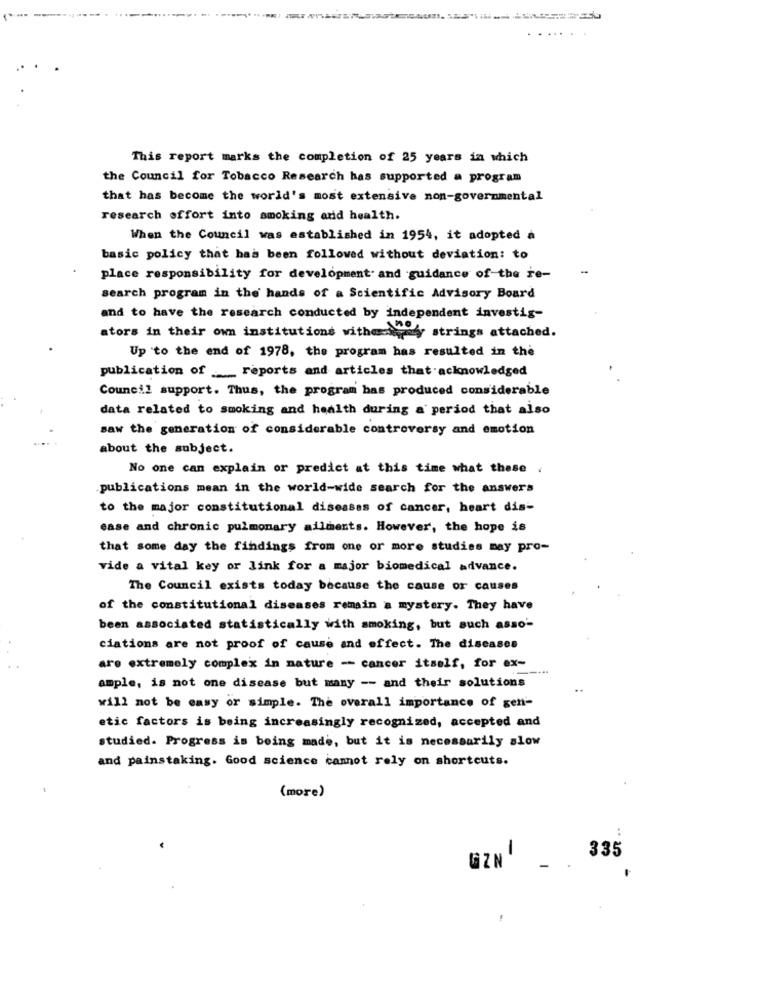
This report marks the completion of 25 years in which
the Council for Tobacco Research has supported a program
that has become the world's most extensive non-governmental
research effort into smoking and health.
When the Council was established in 1954, it adopted a
basic policy that has been followed without deviation: to
place responsibility for development and guidance of-the re-
search program in the hands of a Scientific Advisory Board
and to have the research conducted by independent investig-
ators in their own institutions withersway, strings attached.
Up to the end of 1978, the program has resulted in the
publication of ___ reports and articles that acknowledged
Council support. Thus, the program has produced considerable
data related to smoking and health during a period that also
saw the generation of considerable controversy and emotion
about the subject.
No one can explain or predict at this time what these :
publications mean in the world-wide search for the answers
to the major constitutional diseases of cancer, heart dis-
ease and chronic pulmonary ailments. However, the hope is
that some day the findings from one or more studies may pro-
vide a vital key or link for a major biomedical advance.
The Council exists today because the cause or causes
of the constitutional diseases remain a mystery. They have
been associated statistically with smoking, but such asso'-
ciations are not proof of cause and effect. The diseases
are extremely complex in nature - cancer itself, for ex-
ample, is not one disease but many -- and their solutions
will not be easy or simple. The overall importance of gen-
etic factors is being increasingly recognized, accepted and
studied. Progress is being made, but it is necessarily slow
and painstaking. Good science cannot rely on shortcuts.
(more)
GZNI
335
-